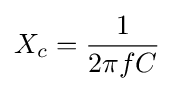
X_{c}={\frac {1}{2\pi fC}}